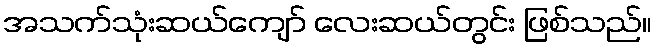
အသက်သုံးဆယ်ကျော် လေးဆယ်တွင်း ဖြစ်သည်။